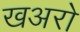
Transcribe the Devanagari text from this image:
खअरो